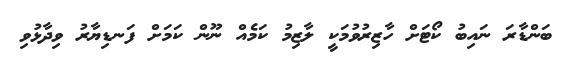
ބަންޑާރަ ނައިބު ކޯޓަށް ހާޒިރުވުމަކީ ލާޒިމު ކަމެއް ނޫން ކަމަށް ފަނޑިޔާރު ވިދާޅުވި